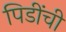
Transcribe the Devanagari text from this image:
पिडींची